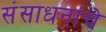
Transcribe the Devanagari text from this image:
संसाधनांचे